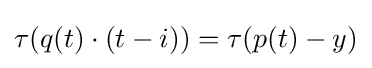
\tau (q(t)\cdot (t-i))=\tau (p(t)-y)